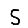
Digit: 5